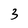
Character: 3